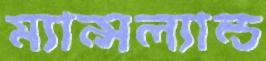
ম্যান্সল্যান্ড